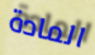
المادة